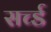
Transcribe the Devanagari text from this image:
सर्च्ड